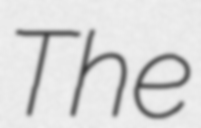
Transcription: The